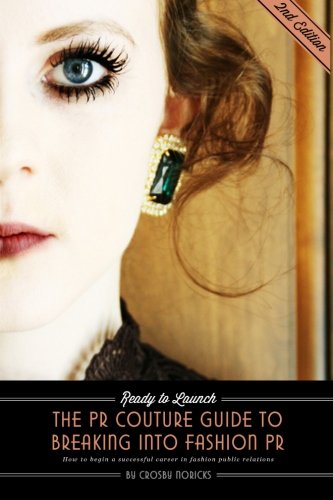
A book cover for Ready to Launch: The PR Couture Guide to Breaking into Fashion PR: How to Begin a Successful Career in Fashion Public Relations; Crosby Noricks; Business & Money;